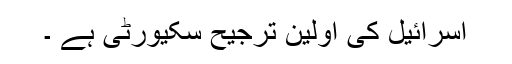
اسرائیل کی اولین ترجیح سکیورٹی ہے ۔